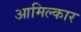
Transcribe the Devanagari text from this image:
आमिल्कार